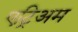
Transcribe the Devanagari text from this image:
एट्रिअम